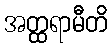
အတ္ထရာမီတိ